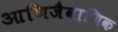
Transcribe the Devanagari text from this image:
आणिजैवाणिक